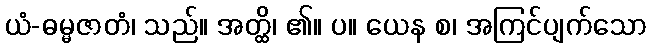
ယံ-ဓမ္မဇာတံ၊ သည်။ အတ္ထိ၊ ၏။ ပ။ ယေန စ၊ အကြင်ပျက်သော